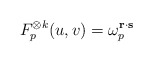
\begin{align*}F_p^{\otimes k}(u,v) = \omega_p^{\mathbf{r}\cdot \mathbf{s}}\end{align*}